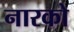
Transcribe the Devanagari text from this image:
नारको